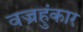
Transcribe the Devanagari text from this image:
वज्रहुंकार